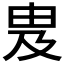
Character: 𬏁